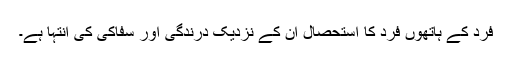
فرد کے ہاتھوں فرد کا استحصال ان کے نزدیک درندگی اور سفاکی کی انتہا ہے۔